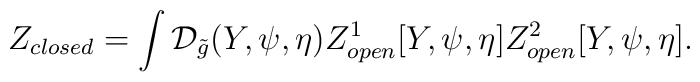
{Z_{closed}}=\int{\mathcal{D}_{\tilde{g}}}(Y,\psi,\eta){Z_{open}^1}[Y,\psi,\eta]{Z_{open}^2}[Y,\psi,\eta].